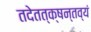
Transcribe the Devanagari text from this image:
तदेतत्क्षन्तव्यं